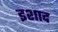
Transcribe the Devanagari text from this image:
इशाद